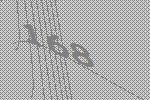
168